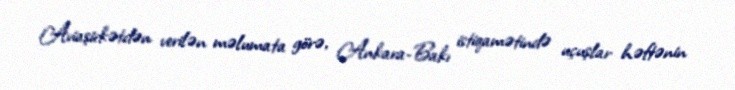
Aviaşirkətdən verilən məlumata görə, Ankara-Bakı istiqamətində uçuşlar həftənin